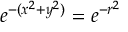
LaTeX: e ^ { - ( x ^ { 2 } + y ^ { 2 } ) } = e ^ { - r ^ { 2 } }